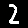
Digit: 2